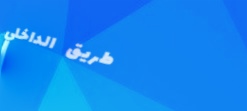
طريق الداخلي